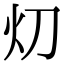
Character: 灱